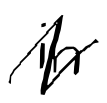
Text: in
Cross-out: zig-zag
Writing tool: digital_black